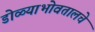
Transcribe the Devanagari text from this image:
डोळ्याभोवतालचे